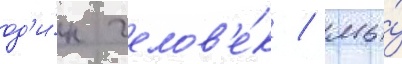
од'и́н челов'е́к / мы́